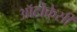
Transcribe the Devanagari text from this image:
ऑटोक्रेसी